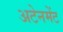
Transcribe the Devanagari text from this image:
अटेनमेंट